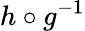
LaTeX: h\circ g^{-1}